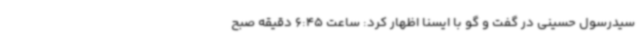
سیدرسول حسینی در گفت و گو با ایسنا اظهار کرد: ساعت 6:45 دقیقه صبح